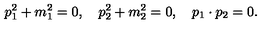
p _ { 1 } ^ { 2 } + m _ { 1 } ^ { 2 } = 0 , \quad p _ { 2 } ^ { 2 } + m _ { 2 } ^ { 2 } = 0 , \quad p _ { 1 } \cdot p _ { 2 } = 0 .